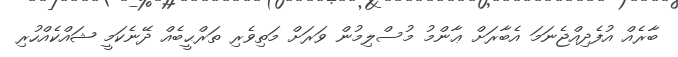
ބާރެއް އުފެދިއްޖެނަމަ އެބާރަށް ޢާންމު މުސްލިމުން ވަރަށް މަތިވެރި ތަރްޙީބެއް ދޭނެކަމީ ޝައްކެއްހުރި